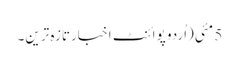
5 مئی(اُردو پوائنٹ اخبارتازہ ترین۔